Indian journal of veterinary science and animal husbandry - Volumes 15-17, 1948-1951
Year: 1948
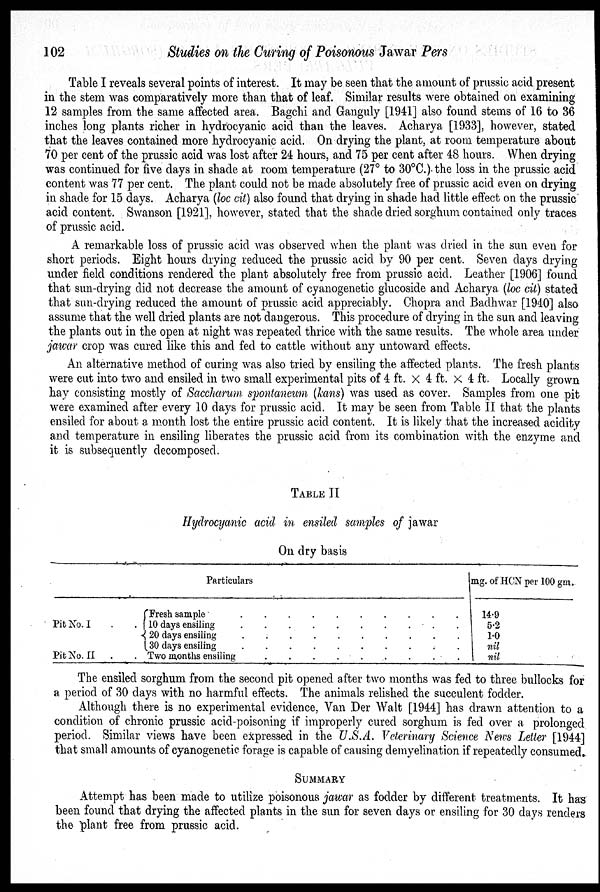
102
Studies on the Curing of Poisonous Jawar Pers
Table I reveals several points of interest. It may be seen that the amount of prussic acid present
in the stem was comparatively more than that of leaf. Similar results were obtained on examining
12 samples from the same affected area. Bagchi and Ganguly [1941] also found stems of 16 to 36
inches long plants richer in hydrocyanic acid than the leaves. Acharya [1933], however, stated
that the leaves contained more hydrocyanic acid. On drying the plant, at room temperature about
70 per cent of the prussic acid was lost after 24 hours, and 75 per cent after 48 hours. When drying
was continued for five days in shade at room temperature (27° to 30°C.) the loss in the prussic acid
content was 77 per cent. The plant could not be made absolutely free of prussic acid even on drying
in shade for 15 days. Acharya (loc cit) also found that drying in shade had little effect on the prussic
acid content. Swanson [1921], however, stated that the shade dried sorghum contained only traces
of prussic acid.
A remarkable loss of prussic acid was observed when the plant was dried in the sun even for
short periods. Eight hours drying reduced the prussic acid by 90 per cent. Seven days drying
under field conditions rendered the plant absolutely free from prussic acid. Leather [1906] found
that sun-drying did not decrease the amount of cyanogenetic glucoside and Acharya (loc cit) stated
that sun-drying reduced the amount of prussic acid appreciably. Chopra and Badhwar [1940] also
assume that the well dried plants are not dangerous. This procedure of drying in the sun and leaving
the plants out in the open at night was repeated thrice with the same results. The whole area under
jawar crop was cured like this and fed to cattle without any untoward effects.
An alternative method of curing was also tried by ensiling the affected plants. The fresh plants
were cut into two and ensiled in two small experimental pits of 4 ft. × 4 ft. × 4 ft. Locally grown
hay consisting mostly of Saccharum spontaneum (kans) was used as cover. Samples from one pit
were examined after every 10 days for prussic acid. It may be seen from Table II that the plants
ensiled for about a month lost the entire prussic acid content. It is likely that the increased acidity
and temperature in ensiling liberates the prussic acid from its combination with the enzyme and
it is subsequently decomposed.
TABLE II
Hydrocyanic acid in ensiled samples of jawar
On dry basis
Particulars
Pit No. I
Pit No. .11 .
Fresh sample
.
.
.
.
.
.
.
.
10 clays ensiling . . . . . . . .
{20 days ensiling . . . . . . . .
30 days ensiling . . . . . . . .
Two
months ensiling . . . . . . . .
mg. of HCN per 100 gm.
14.9
5.2
1.0
nil
nil
The ensiled sorghum from the second pit opened after two months was fed to three bullocks for
a period of 30 days with no harmful effects. The animals relished the succulent fodder.
Although there is no experimental evidence, Van Der Walt [1944] has drawn attention to a
condition of chronic prussic acid-poisoning if improperly cured sorghum is fed over a prolonged
period. Similar views have been expressed in the U.S.A. Veterinary Science News Letter [1944]
that small amounts of cyanogenetic forage is capable of causing demyelination if repeatedly consumed.
SUMMARY
Attempt has been made to utilize poisonous jawar as fodder by different treatments. It has
been found that drying the affected plants in the sun for seven days or ensiling for 30 days renders
the plant free from prussic acid.